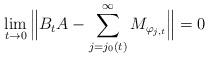
LaTeX: \begin{align*}\lim_{t \to 0} \Big \| B_t A - \sum_{j = j_0(t)}^\infty M_{\varphi_{j,t}} \Big \| = 0\end{align*}